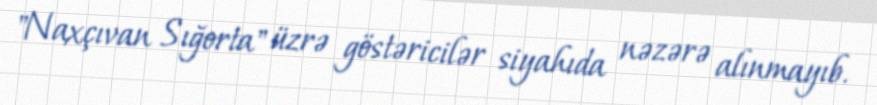
"Naxçıvan Sığorta" üzrə göstəricilər siyahıda nəzərə alınmayıb.